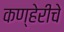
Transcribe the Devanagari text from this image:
कण्हेरीचे